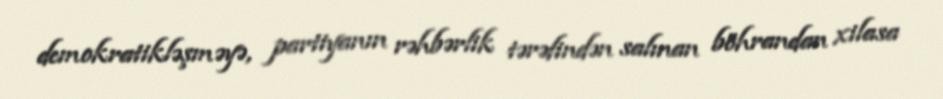
demokratikləşməyə, partiyanın rəhbərlik tərəfindən salınan böhrandan xilasa